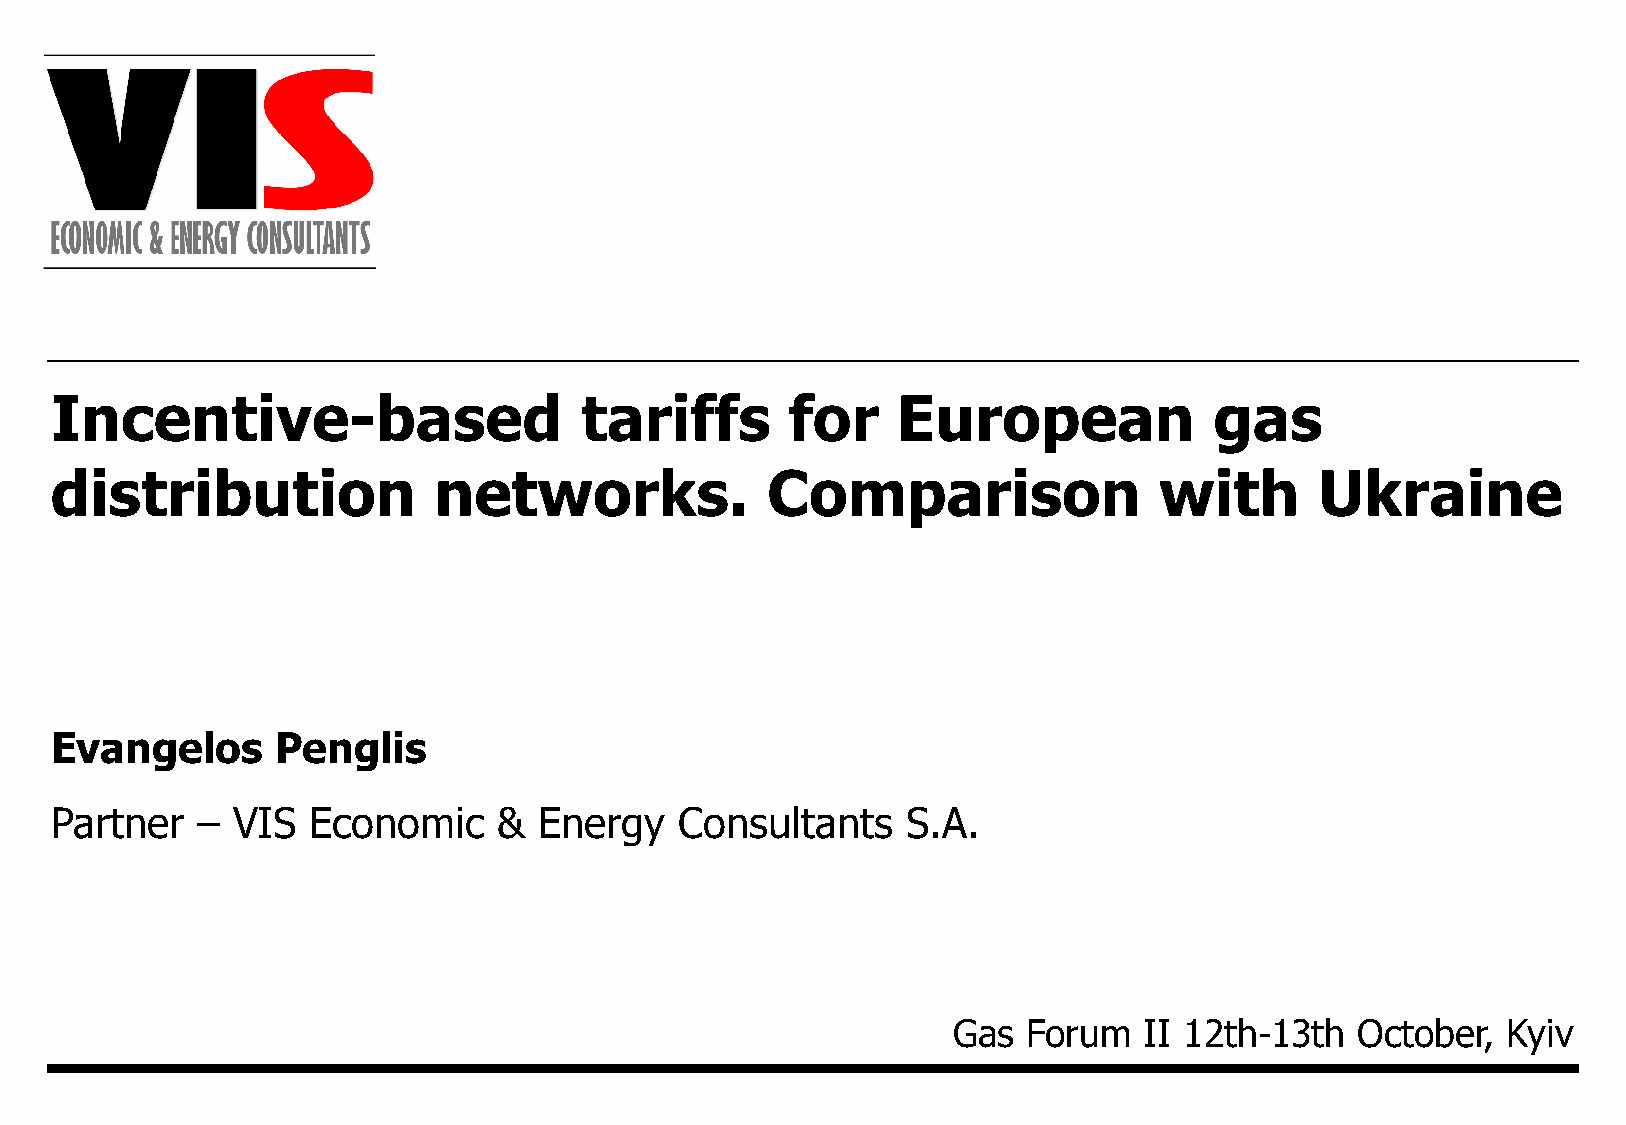
Incentive-based                    tariffs       for    European             gas
 distribution              networks.             Comparison                with      Ukraine
 Evangelos      Penglis
 Partner   – VIS  Economic     &  Energy   Consultants    S.A.
 Gas  Forum   II 12th-13th  October,  Kyiv